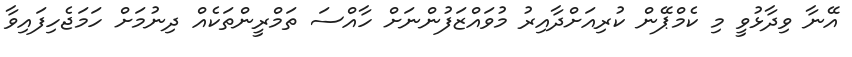
އޭނާ ވިދާޅުވީ މި ކެމްޕޭން ކުރިއަށްދާއިރު މުވައްޒަފުންނަށް ހާއްސަ ތަމްރީންތަކެއް ދިނުމަށް ހަމަޖެހިފައިވާ